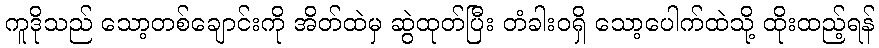
ကူဒိုသည် သော့တစ်ချောင်းကို အိတ်ထဲမှ ဆွဲထုတ်ပြီး တံခါးဝရှိ သော့ပေါက်ထဲသို့ ထိုးထည့်ရန်